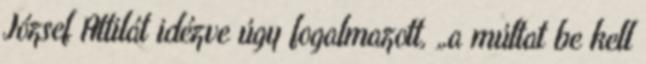
József Attilát idézve úgy fogalmazott, „a múltat be kell